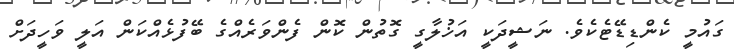
ގައުމީ ކެންޑިޑޭޓެކެވެ. ނަޝީދަކީ އަޚުލާގީ ގޮތުން ކޮން ފެންވަރެއްގެ ބޭފުޅެއްކަން އަލީ ވަހީދަށް